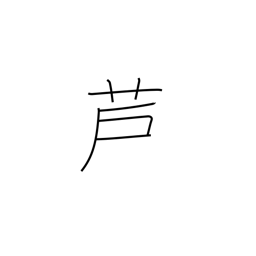
Meaning: bullrush